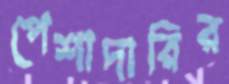
পেশাদারির